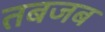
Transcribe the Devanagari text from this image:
तबजब